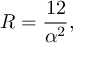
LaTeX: R = \frac { 1 2 } { \alpha ^ { 2 } } ,